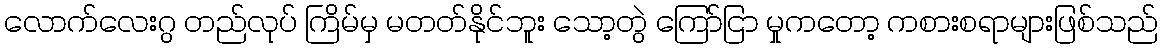
လောက်လေးဂွ တည်လုပ် ကြိမ်မှ မတတ်နိုင်ဘူး သော့တွဲ ကြော်ငြာ မှုကတော့ ကစားစရာများဖြစ်သည်